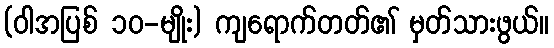
(ဝါအပြစ် ၁၀-မျိုး) ကျရောက်တတ်၏ မှတ်သားဖွယ်။